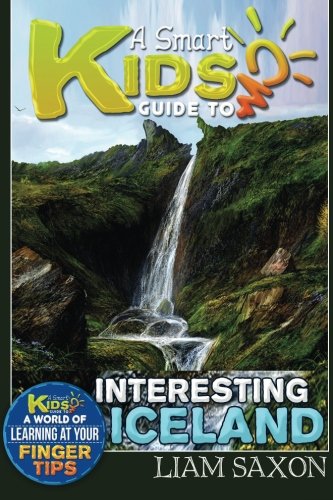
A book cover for A Smart Kids Guide To INTERESTING ICELAND: A World Of Learning At Your Fingertips (Volume 1); Liam Saxon; Travel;